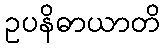
ဥပနိဓာယာတိ